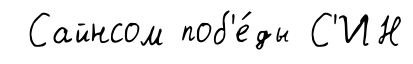
Сайнсом поб'е́ды С'ИН